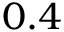
0 . 4